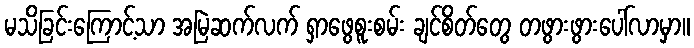
မသိခြင်းကြောင့်သာ အမြဲဆက်လက် ရှာဖွေစူးစမ်း ချင်စိတ်တွေ တဖွားဖွားပေါ်လာမှာ။